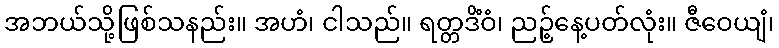
အဘယ်သို့ဖြစ်သနည်း။ အဟံ၊ ငါသည်။ ရတ္တဒိံဝံ၊ ညဉ့်နေ့ပတ်လုံး။ ဇီဝေယျံ၊